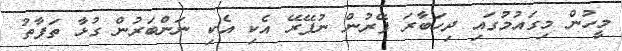
މީހުން މިގައުމުގައި ދިހަބާރަ ފޭރުން ނުފޭރޭ އެކި އެކި ނަންބަރުން ގުޅާ ތަފާތު